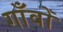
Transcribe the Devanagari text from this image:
गाँवोँ